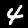
Digit: 4